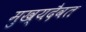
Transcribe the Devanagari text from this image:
मुख्यदैवत